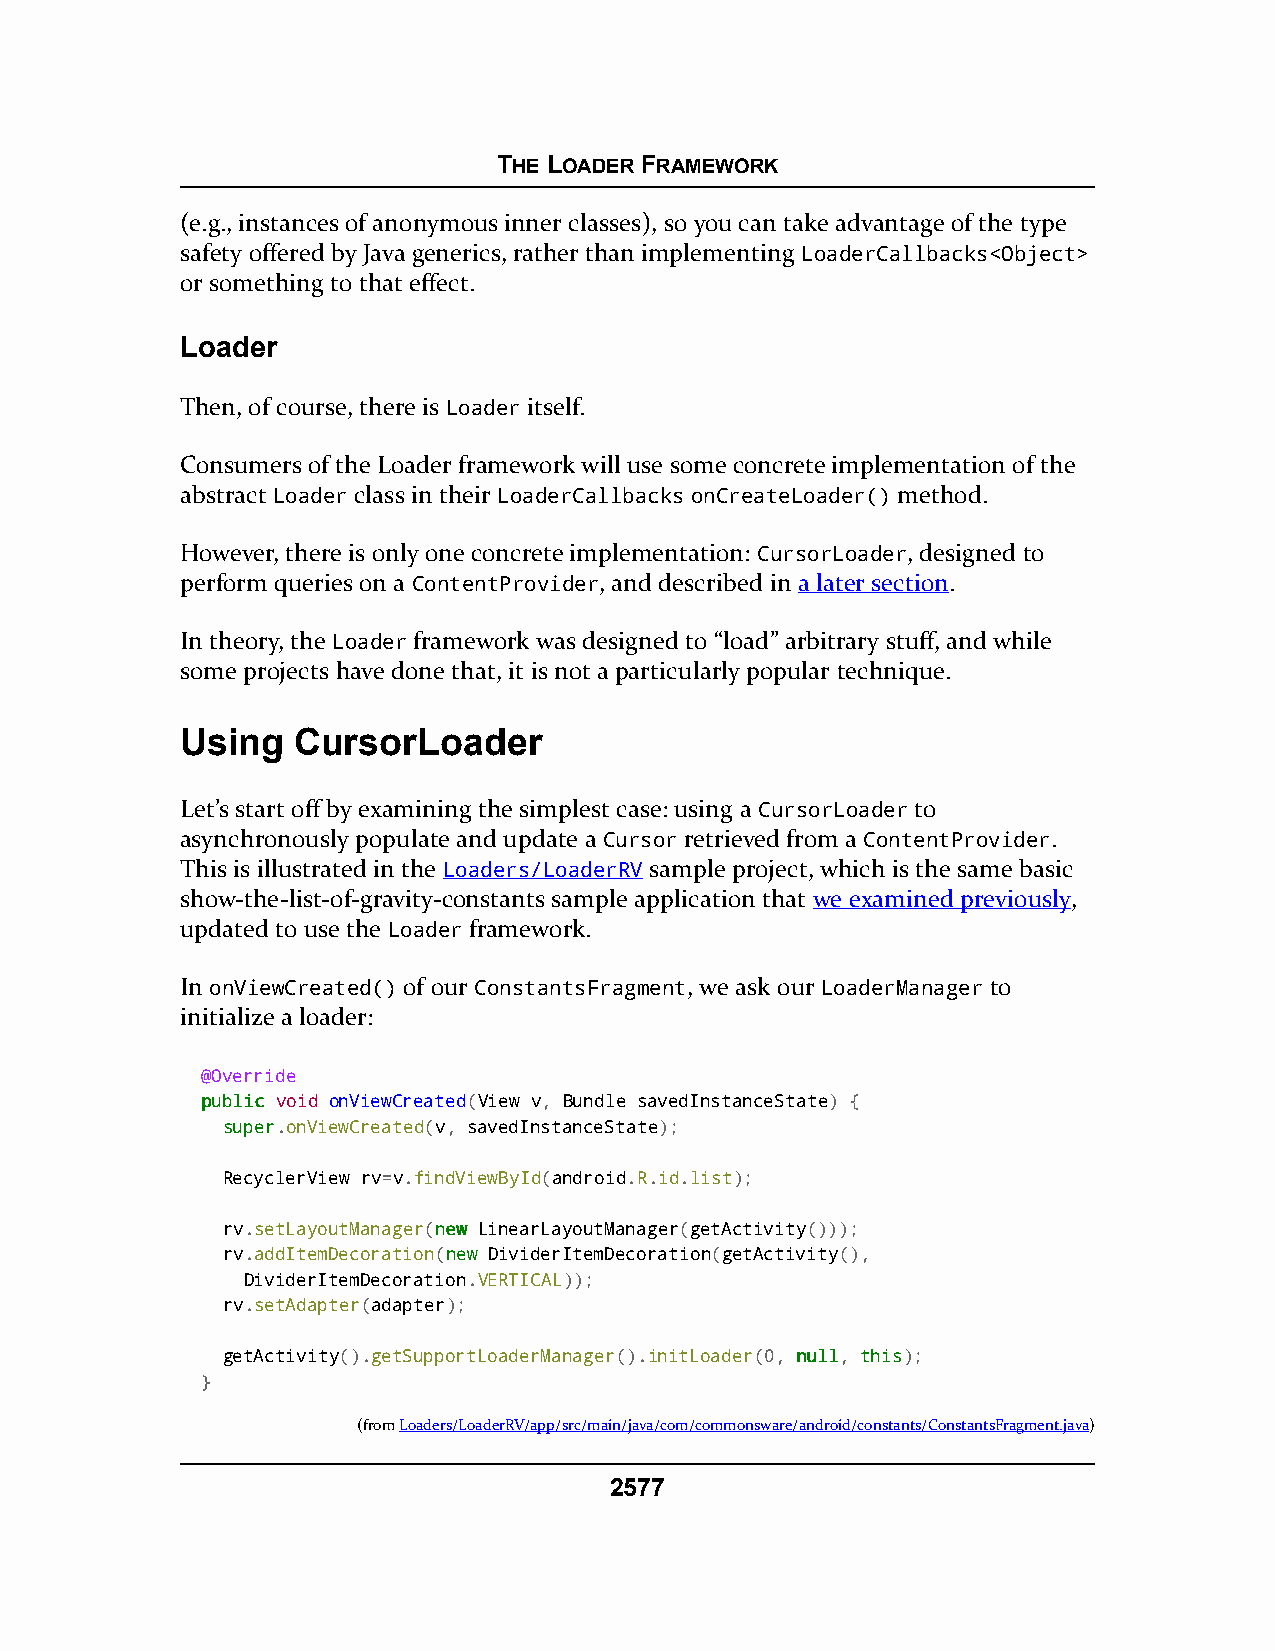
THE LOADER FRAMEWORK
 (e.g., instances of anonymous inner classes), so you can take advantage of the type
 safety offered by Java generics, rather than implementing LoaderCallbacks<Object>
 or something to that effect.
 Loader
 Then, of course, there is Loader itself.
 Consumers of the Loader framework will use some concrete implementation of the
 abstract Loader class in their LoaderCallbacks onCreateLoader() method.
 However, there is only one concrete implementation: CursorLoader, designed to
 perform queries on a ContentProvider, and described in a later section.
 In theory, the Loader framework was designed to “load” arbitrary stuff, and while
 some projects have done that, it is not a particularly popular technique.
 Using  CursorLoader
 Let’s start off by examining the simplest case: using a CursorLoader to
 asynchronously populate and update a Cursor retrieved from a ContentProvider.
 This is illustrated in the Loaders/LoaderRV sample project, which is the same basic
 show-the-list-of-gravity-constants sample application that we examined previously,
 updated to use the Loader framework.
 In onViewCreated() of our ConstantsFragment, we ask our LoaderManager to
 initialize a loader:
 @Override
 ppuubblliicc void onViewCreated(View v, Bundle savedInstanceState) {
 ssuuppeerr.onViewCreated(v, savedInstanceState);
 RecyclerView rv=v.findViewById(android.R.id.list);
 rv.setLayoutManager(nneeww LinearLayoutManager(getActivity()));
 rv.addItemDecoration(nneeww DividerItemDecoration(getActivity(),
 DividerItemDecoration.VERTICAL));
 rv.setAdapter(adapter);
 getActivity().getSupportLoaderManager().initLoader(0, nnuullll, tthhiiss);
 }
 (fromLoaders/LoaderRV/app/src/main/java/com/commonsware/android/constants/ConstantsFragment.java)
 2577